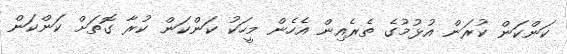
ކަންކަން ކުރަން އުޅުމުގެ ތެރެއިން އެހެން މީހަކު ކަންކަން ކުރާ ގޮތަށް ކަންކަން